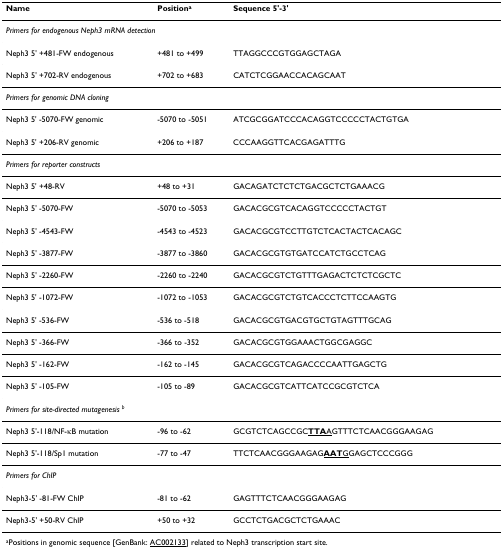
<table><thead><tr><td><b>Name</b></td><td><b>Position<sup>a</sup></b></td><td><b>Sequence 5&#x27;-3&#x27;</b></td></tr></thead><tbody><tr><td colspan="3"><i>Primers for endogenous Neph3 mRNA detection</i></td></tr><tr><td>Neph3 5&#x27; +481-FW endogenous</td><td>+481 to +499</td><td>TTAGGCCCGTGGAGCTAGA</td></tr><tr><td>Neph3 5&#x27; +702-RV endogenous</td><td>+702 to +683</td><td>CATCTCGGAACCACAGCAAT</td></tr><tr><td colspan="3"><i>Primers for genomic DNA cloning</i></td></tr><tr><td>Neph3 5&#x27; -5070-FW genomic</td><td>-5070 to -5051</td><td>ATCGCGGATCCCACAGGTCCCCCTACTGTGA</td></tr><tr><td>Neph3 5&#x27; +206-RV genomic</td><td>+206 to +187</td><td>CCCAAGGTTCACGAGATTTG</td></tr><tr><td colspan="3"><i>Primers for reporter constructs</i></td></tr><tr><td>Neph3 5&#x27; +48-RV</td><td>+48 to +31</td><td>GACAGATCTCTCTGACGCTCTGAAACG</td></tr><tr><td>Neph3 5&#x27; -5070-FW</td><td>-5070 to -5053</td><td>GACACGCGTCACAGGTCCCCCTACTGT</td></tr><tr><td>Neph3 5&#x27; -4543-FW</td><td>-4543 to -4523</td><td>GACACGCGTCCTTGTCTCACTACTCACAGC</td></tr><tr><td>Neph3 5&#x27; -3877-FW</td><td>-3877 to -3860</td><td>GACACGCGTGTGATCCATCTGCCTCAG</td></tr><tr><td>Neph3 5&#x27; -2260-FW</td><td>-2260 to -2240</td><td>GACACGCGTCTGTTTGAGACTCTCTCGCTC</td></tr><tr><td>Neph3 5&#x27; -1072-FW</td><td>-1072 to -1053</td><td>GACACGCGTCTGTCACCCTCTTCCAAGTG</td></tr><tr><td>Neph3 5&#x27; -536-FW</td><td>-536 to -518</td><td>GACACGCGTGACGTGCTGTAGTTTGCAG</td></tr><tr><td>Neph3 5&#x27; -366-FW</td><td>-366 to -352</td><td>GACACGCGTGGAAACTGGCGAGGC</td></tr><tr><td>Neph3 5&#x27; -162-FW</td><td>-162 to -145</td><td>GACACGCGTCAGACCCCAATTGAGCTG</td></tr><tr><td>Neph3 5&#x27; -105-FW</td><td>-105 to -89</td><td>GACACGCGTCATTCATCCGCGTCTCA</td></tr><tr><td colspan="3"><i>Primers for site-directed mutagenesis </i><sup><i>b</i></sup></td></tr><tr><td>Neph3 5&#x27;-118/NF-κB mutation</td><td>-96 to -62</td><td>GCGTCTCAGCCGC<underline><b>TTA</b>A</underline>GTTTCTCAACGGGAAGAG</td></tr><tr><td>Neph3 5&#x27;-118/Sp1 mutation</td><td>-77 to -47</td><td>TTCTCAACGGGAAGAG<underline><b>AAT</b>G</underline>GAGCTCCCGGG</td></tr><tr><td colspan="3"><i>Primers for ChIP</i></td></tr><tr><td>Neph3-5&#x27; -81-FW ChIP</td><td>-81 to -62</td><td>GAGTTTCTCAACGGGAAGAG</td></tr><tr><td>Neph3-5&#x27; +50-RV ChIP</td><td>+50 to +32</td><td>GCCTCTGACGCTCTGAAAC</td></tr></tbody></table>